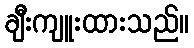
ချီးကျူးထားသည်။